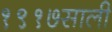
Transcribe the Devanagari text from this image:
१९१७साली